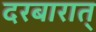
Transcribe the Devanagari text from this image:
दरबारात्